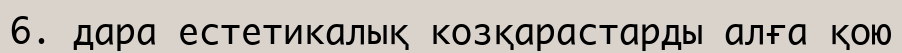
6. дара естетикалық козқарастарды алға қою